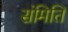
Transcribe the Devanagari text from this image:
संमिति